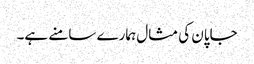
جاپان کی مثال ہمارے سامنے ہے۔